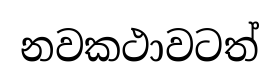
නවකථාවටත්